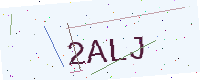
Text: 2ALJ